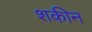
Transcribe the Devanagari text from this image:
शकीन